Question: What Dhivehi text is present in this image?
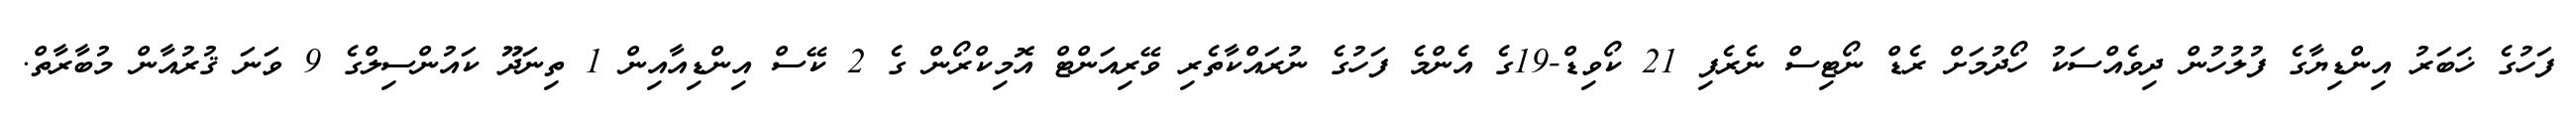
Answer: ފަހުގެ ޚަބަރު އިންޑިޔާގެ ފުލުހުން ދިވެއްސަކު ހޯދުމަށް ރެޑް ނޯޓިސް ނެރެފި 21 ކޯވިޑް-19ގެ އެންމެ ފަހުގެ ނުރައްކާތެރި ވޭރިއަންޓް އޮމިކްރޯން ގެ 2 ކޭސް އިންޑިއާއިން 1 ތިނަދޫ ކައުންސިލްގެ 9 ވަނަ ޤުރުއާން މުބާރާތް.